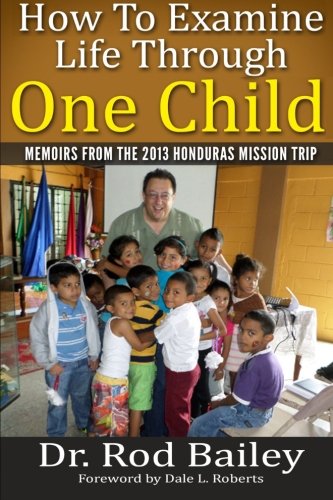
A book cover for How To Examine Life Through One Child: Memoirs from the 2013 Honduras Mission Trip; Dr. Rod Bailey; Travel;